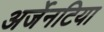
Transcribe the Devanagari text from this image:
अर्जेनटिया